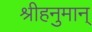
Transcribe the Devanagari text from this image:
श्रीहनुमान्